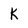
Character: K